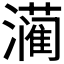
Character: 𮳙